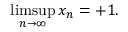
\operatorname* { l i m s u p } _ { n \to \infty } x _ { n } = + 1 .